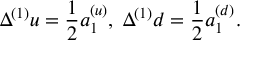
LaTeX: \Delta ^ { ( 1 ) } u = \frac { 1 } { 2 } a _ { 1 } ^ { ( u ) } , \; \Delta ^ { ( 1 ) } d = \frac { 1 } { 2 } a _ { 1 } ^ { ( d ) } .